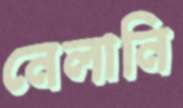
নেলানি